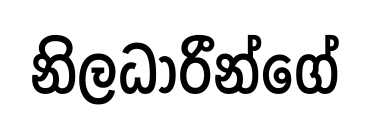
නිලධාරීන්ගේ